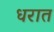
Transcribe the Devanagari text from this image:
धरात